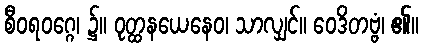
စီဝရဝဂ္ဂေ၊ ၌။ ဝုတ္ထနယေနေဝ၊ သာလျှင်။ ဝေဒိတဗ္ဗံ၊ ၏။